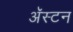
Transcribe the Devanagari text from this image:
अॅस्टन